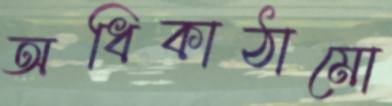
অধিকাঠামো